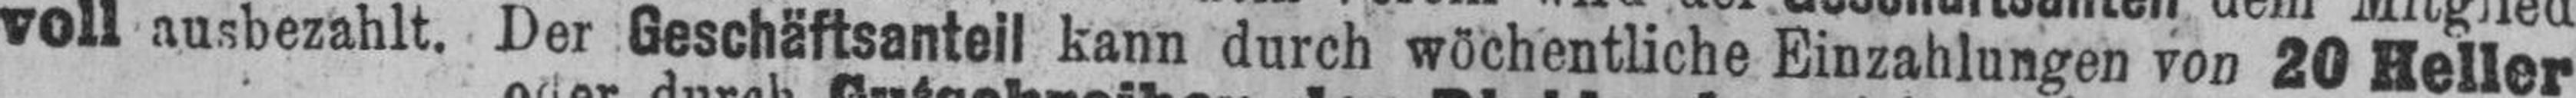
voll ausbezahlt. Der Geschäftsanteil kann durch wöchentliche Einzahlungen von 20 Heller